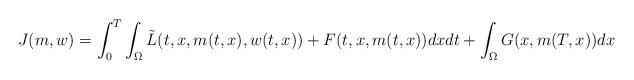
LaTeX: \begin{align*}J(m,w) = \int_0^T \int_\Omega \tilde{L}(t,x,m(t,x),w(t,x)) + F(t,x,m(t,x)) dx dt + \int_{\Omega} G(x,m(T,x))dx\end{align*}